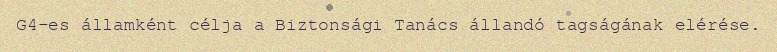
G4-es államként célja a Biztonsági Tanács állandó tagságának elérése.